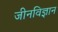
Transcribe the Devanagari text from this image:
जीनविज्ञान